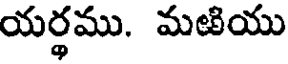
యర్థము. మఱియు